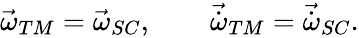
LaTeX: \begin{array}{r}{\vec{\omega}_{TM}=\vec{\omega}_{SC},\qquad\vec{\dot{\omega}}_{TM}=\vec{\dot{\omega}}_{SC}.}\end{array}